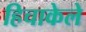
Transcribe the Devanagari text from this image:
हिचाकेले